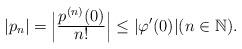
LaTeX: \begin{align*}|p_n| = \Big|\tfrac{\displaystyle p^{(n)}(0)}{\displaystyle n!}\Big|\leq|\varphi'(0)| (n\in\mathbb{N}).\end{align*}